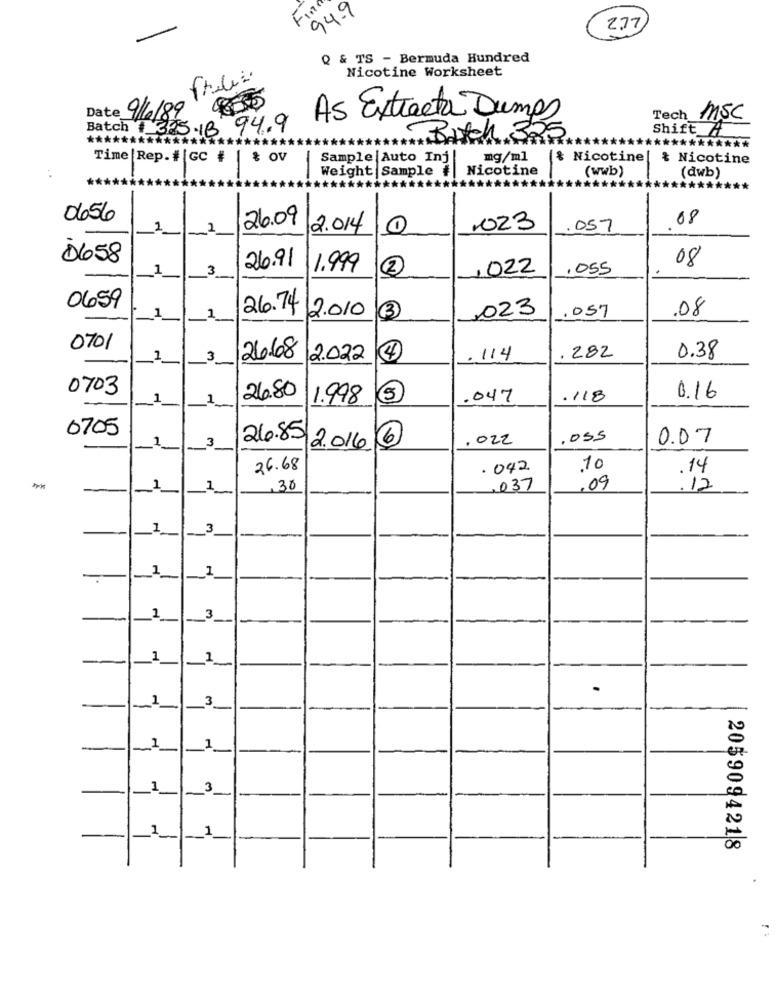
94.9
2,77
Q & TS - Bermuda Hundred
Nicotine Worksheet
Date 9/6/89
As Extracta Dumps
Tech
MSC
Batch # 325-18
94.9
Batch 325
Shift A
*****************
*************
Time |Rep. #[Gc #
& OV
Sample |Auto Inj|
mg/ml
(* Nicotinel
& Nicotine
Weight Sample #
Nicotine
(wwb)
...
(dwb)
0656
08
1
2
26.09
2.014
1023
.057
0658
26.91
08
1
3
1.999
2
,022
.055
0659
26.74
2.010
023
1
3
.057
.08
0701
1
3
26.68
2.022
4
. 114
282
0.38
0703
1
1
26.80
1.998
.047
.118
0.16
0705
1
3
6
. 022
.OSS
0.07
26.85/2.016.
26.68
. 042
.10
14
,30
.037
,09
.12
_1
3
_1
1
-
-1
-
2
1-
3
_1
1-
3
1
1
_1
3
-
2059094218